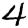
Digit: 4